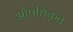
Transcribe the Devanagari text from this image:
औषधिकृत